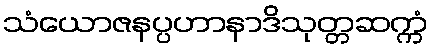
သံယောဇနပ္ပဟာနာဒိသုတ္တဆက္ကံ